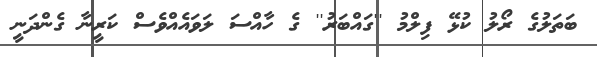
ބަތަލުގެ ރޯލު ކުޅޭ ފިލްމު ''ގައްބަރު'' ގެ ހާއްސަ ލަވައެއްވެސް ކަރީނާ ގެންދަނީ